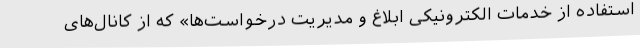
استفاده از خدمات الکترونیکی ابلاغ و مدیریت درخواست‌ها» که از کانال‌های